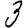
Digit: 3